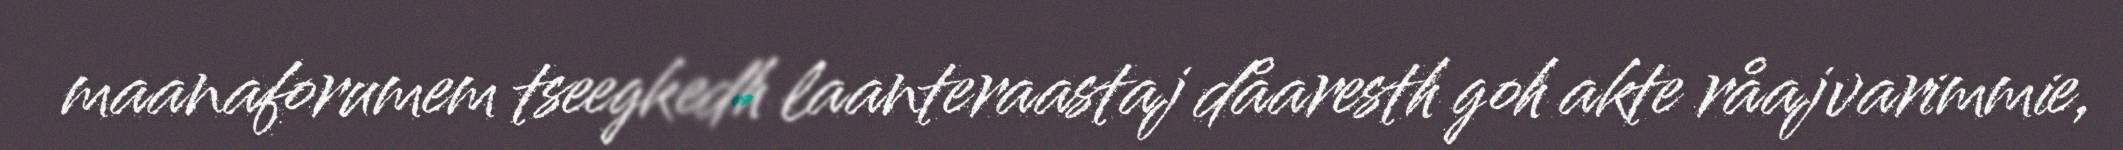
maanaforumem tseegkedh laanteraastaj dåaresth goh akte råajvarimmie,